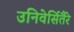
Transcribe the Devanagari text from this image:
उनिवेर्सितैरे